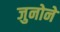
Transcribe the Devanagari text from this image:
जुनोने